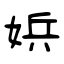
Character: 娦